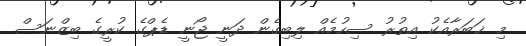
މި ޚަބަރާއެކު އިތުރު ސިހުމެއް ލިބިގެން ދަނީ ޖޯނީ ޑެޕްގެ ކުރީގެ ބިޒްނަސް